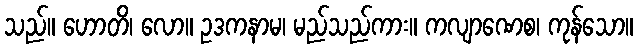
သည်။ ဟောတိ၊ လော။ ဥဒကနာမ၊ မည်သည်ကား။ ကလျာဏေစ၊ ကုန်သော။